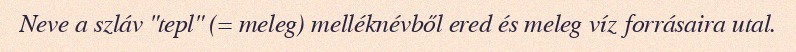
Neve a szláv "tepl" (= meleg) melléknévből ered és meleg víz forrásaira utal.